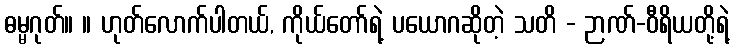
ဓမ္မဂုတ်။ ။ ဟုတ်လောက်ပါတယ်, ကိုယ်တော်ရဲ့ ပယောဂဆိုတဲ့ သတိ - ဉာဏ်-ဝီရိယတို့ရဲ့